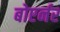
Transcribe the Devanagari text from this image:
बोएर्नर